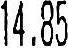
14.85